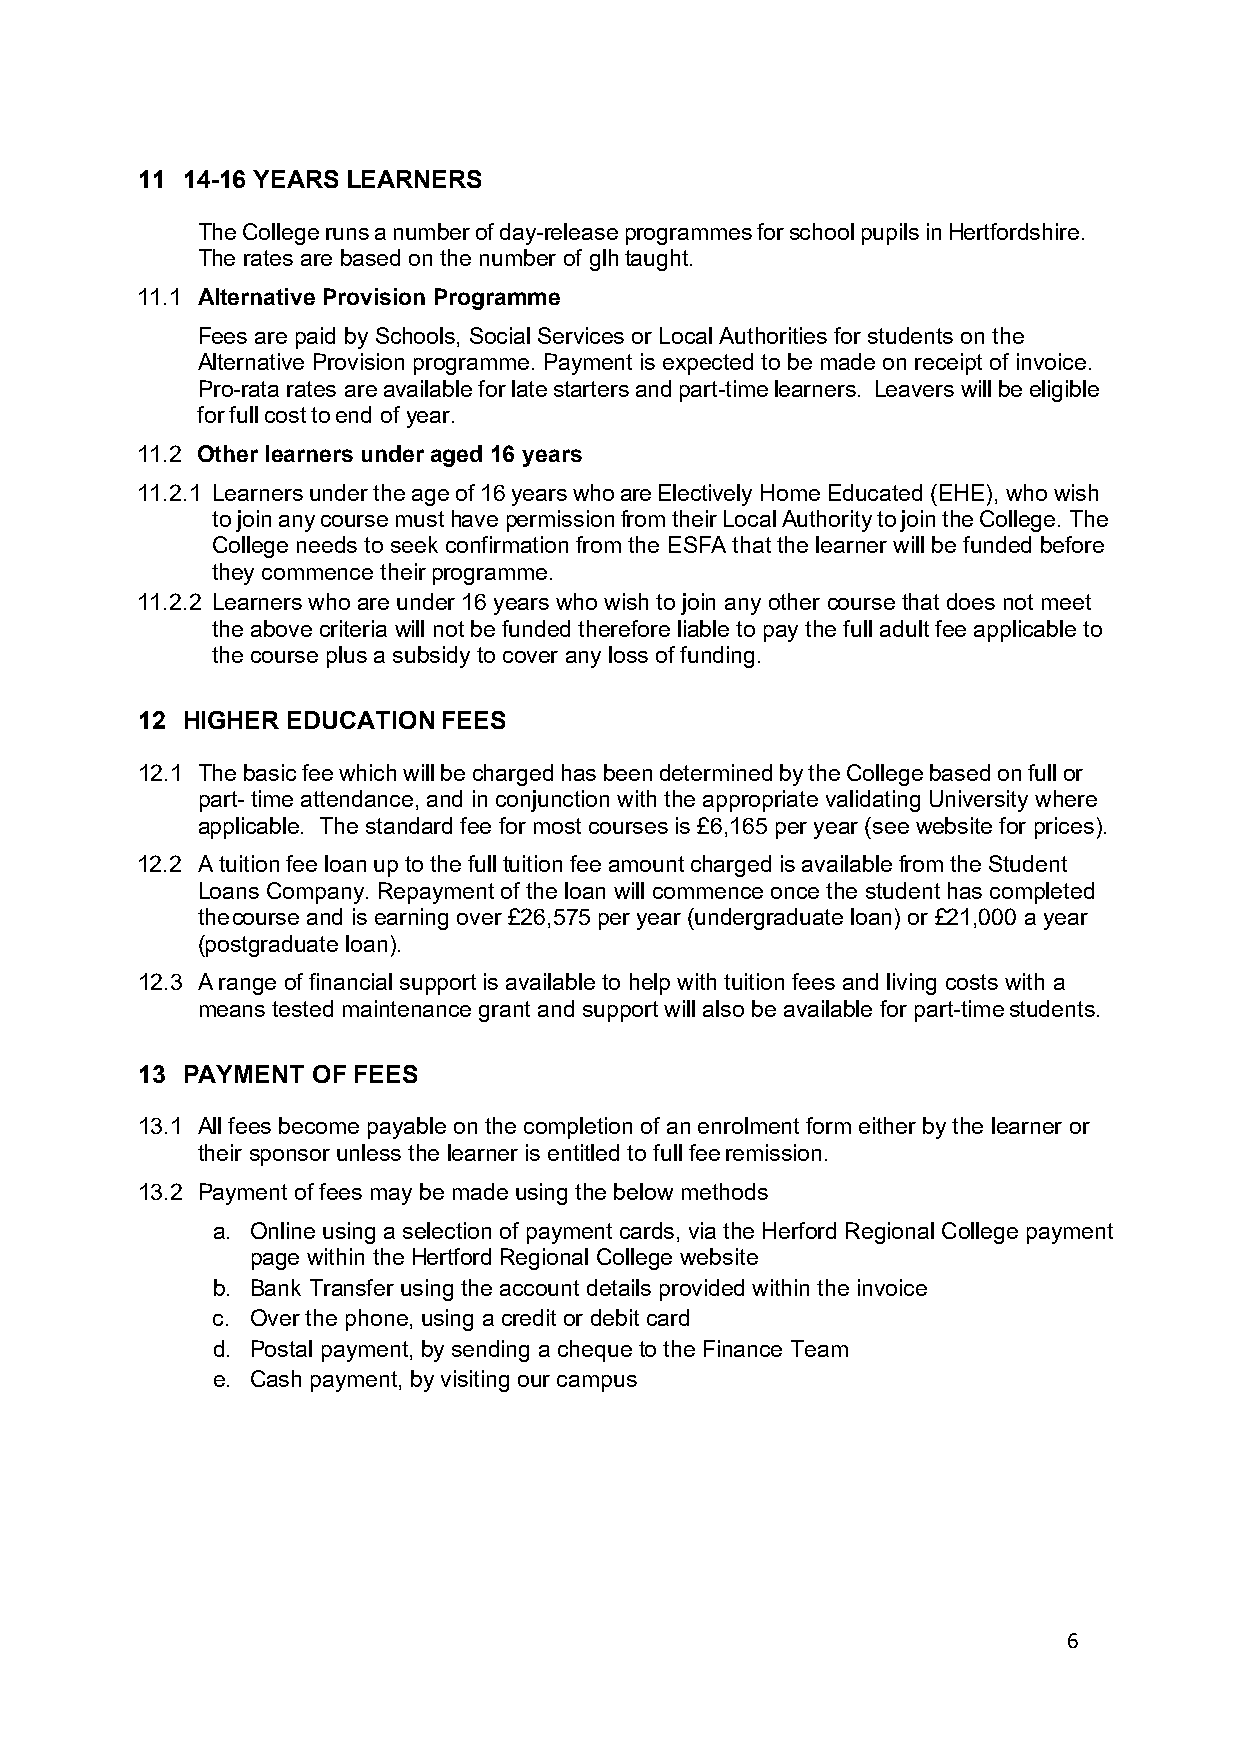
11 14-16 YEARS LEARNERS
 The College runs a number of day-release programmes for school pupils in Hertfordshire.
 The rates are based on the number of glh taught.
 11.1 Alternative Provision Programme
 Fees are paid by Schools, Social Services or Local Authorities for students on the
 Alternative Provision programme. Payment is expected to be made on receipt of invoice.
 Pro-rata rates are available for late starters and part-time learners. Leavers will be eligible
 for full cost to end of year.
 11.2 Other learners under aged 16 years
 11.2.1 Learners under the age of 16 years who are Electively Home Educated (EHE), who wish
 to join any course must have permission from their Local Authority to join the College. The
 College needs to seek confirmation from the ESFA that the learner will be funded before
 they commence their programme.
 11.2.2 Learners who are under 16 years who wish to join any other course that does not meet
 the above criteria will not be funded therefore liable to pay the full adult fee applicable to
 the course plus a subsidy to cover any loss of funding.
 12 HIGHER EDUCATION FEES
 12.1 The basic fee which will be charged has been determined by the College based on full or
 part- time attendance, and in conjunction with the appropriate validating University where
 applicable. The standard fee for most courses is £6,165 per year (see website for prices).
 12.2 A tuition fee loan up to the full tuition fee amount charged is available from the Student
 Loans Company. Repayment of the loan will commence once the student has completed
 the course and is earning over £26,575 per year (undergraduate loan) or £21,000 a year
 (postgraduate loan).
 12.3 A range of financial support is available to help with tuition fees and living costs with a
 means tested maintenance grant and support will also be available for part-time students.
 13 PAYMENT  OF FEES
 13.1 All fees become payable on the completion of an enrolment form either by the learner or
 their sponsor unless the learner is entitled to full fee remission.
 13.2 Payment of fees may be made using the below methods
 a. Online using a selection of payment cards, via the Herford Regional College payment
 page within the Hertford Regional College website
 b. Bank Transfer using the account details provided within the invoice
 c. Over the phone, using a credit or debit card
 d. Postal payment, by sending a cheque to the Finance Team
 e. Cash payment, by visiting our campus
 6